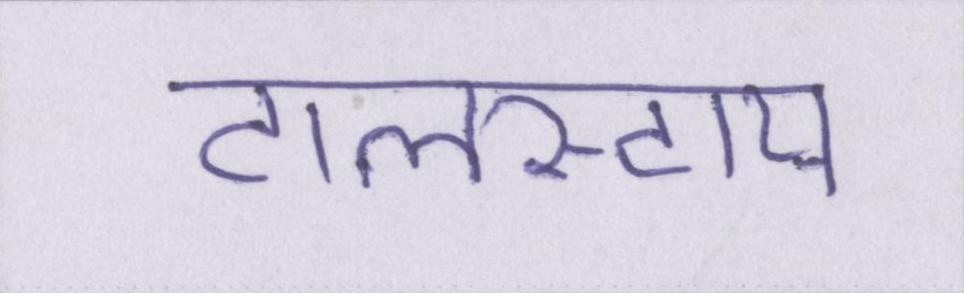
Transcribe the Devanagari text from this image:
टालस्टाय